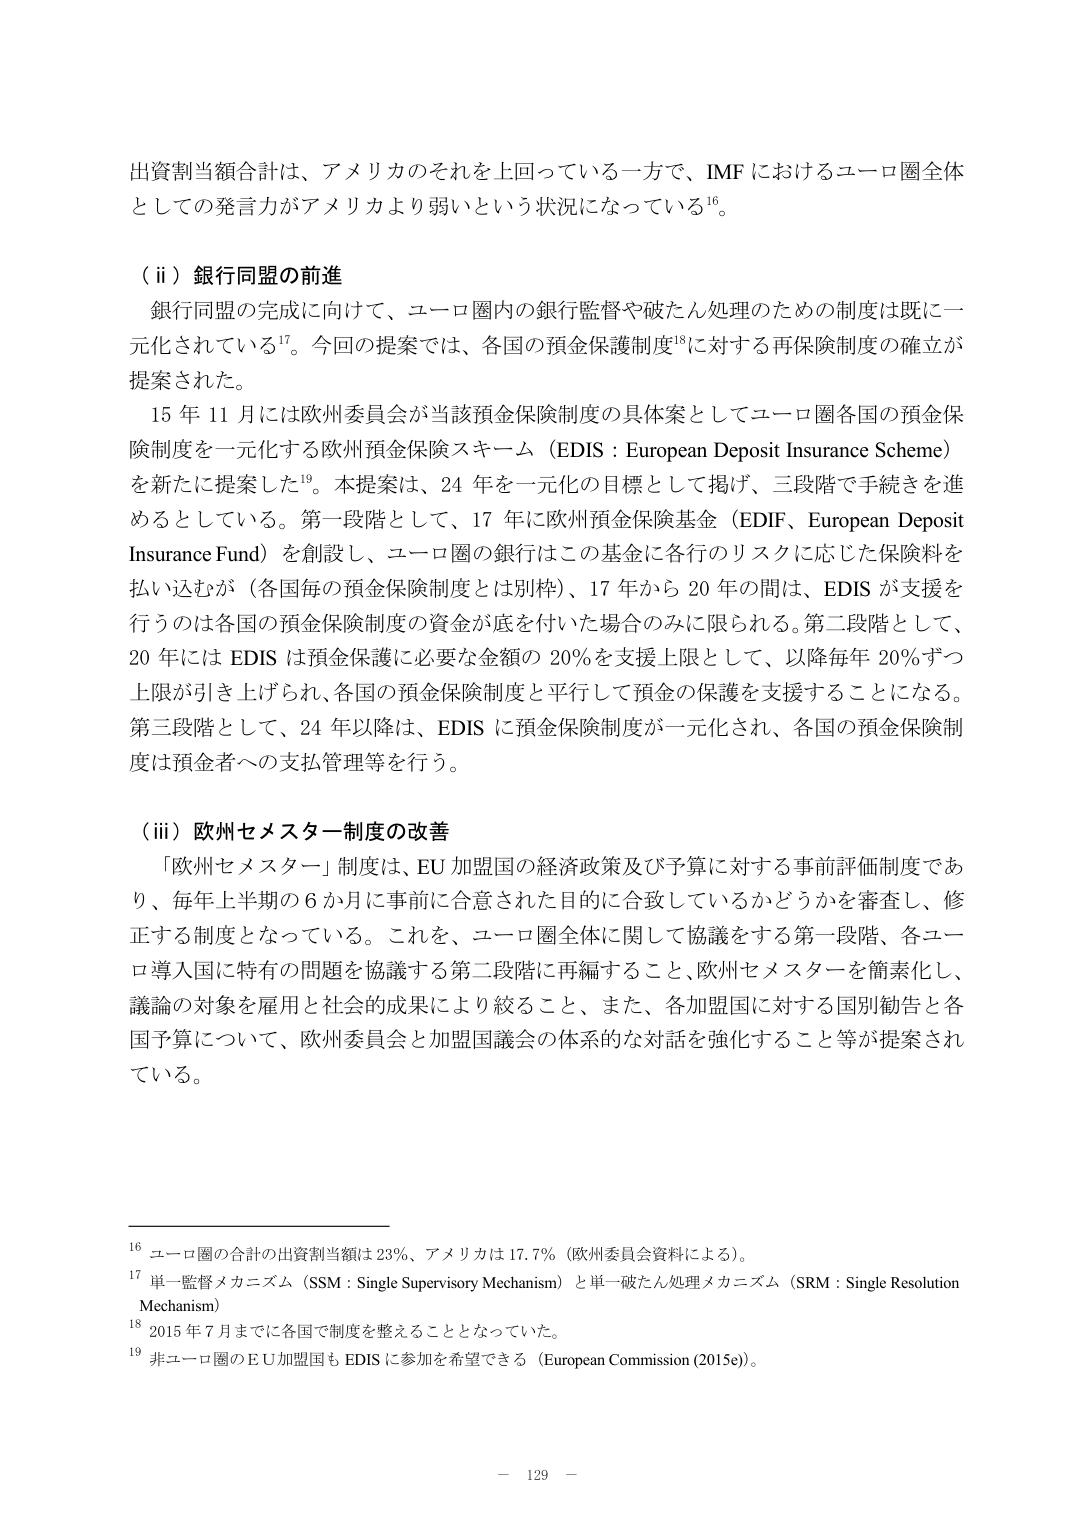
出資割当額合計は、アメリカのそれを上回っている一方で、IMF におけるユーロ圏全体としての発言力がアメリカより弱いという状況になっている¹⁶。

（ⅱ）銀行同盟の前進
銀行同盟の完成に向けて、ユーロ圏内の銀行監督や破たん処理のための制度は既に一元化されている¹⁷。今回の提案では、各国の預金保護制度¹⁸に対する再保険制度の確立が提案された。
15 年 11 月には欧州委員会が当該預金保険制度の具体案としてユーロ圏各国の預金保険制度を一元化する欧州預金保険スキーム（EDIS：European Deposit Insurance Scheme）を新たに提案した¹⁹。本提案は、24 年を一元化の目標として掲げ、三段階で手続きを進めるとしている。第一段階として、17 年に欧州預金保険基金（EDIF、European Deposit Insurance Fund）を創設し、ユーロ圏の銀行はこの基金に各行のリスクに応じた保険料を払い込むが（各国毎の預金保険制度とは別枠）、17 年から 20 年の間は、EDIS が支援を行うのは各国の預金保険制度の資金が底を付けた場合のみに限られる。第二段階として、20 年には EDIS は預金保護に必要な金額の 20％を支援上限として、以降毎年 20％ずつ上限が引き上げられ、各国の預金保険制度と平行して預金の保護を支援することになる。第三段階として、24 年以降は、EDIS に預金保険制度が一元化され、各国の預金保険制度は預金者への支払管理等を行う。

（ⅲ）欧州セメスター制度の改善
「欧州セメスター」制度は、EU 加盟国の経済政策及び予算に対する事前評価制度であり、毎年上半期の 6 か月前に事前に合意された目的に合致しているかどうかを審査し、修正する制度となっている。これを、ユーロ圏全体に関して協議をする第一段階、各ユーロ導入国に特有の問題を協議する第二段階に再編すること、欧州セメスターを簡素化し、議論の対象を雇用と社会的成果により絞ること、また、各加盟国に対する国別勧告と各国予算について、欧州委員会と加盟国議会の体系的な対話を強化すること等が提案されている。

¹⁶ ユーロ圏の合計の出資割当額は 23％、アメリカは 17.7％（欧州委員会資料による）。
¹⁷ 単一監督メカニズム（SSM：Single Supervisory Mechanism）と単一破たん処理メカニズム（SRM：Single Resolution Mechanism）
¹⁸ 2015 年 7 月までに各国で制度を整えることとなっていた。
¹⁹ 非ユーロ圏の EU 加盟国も EDIS に参加を希望できる（European Commission (2015e)）。

－ 129 －